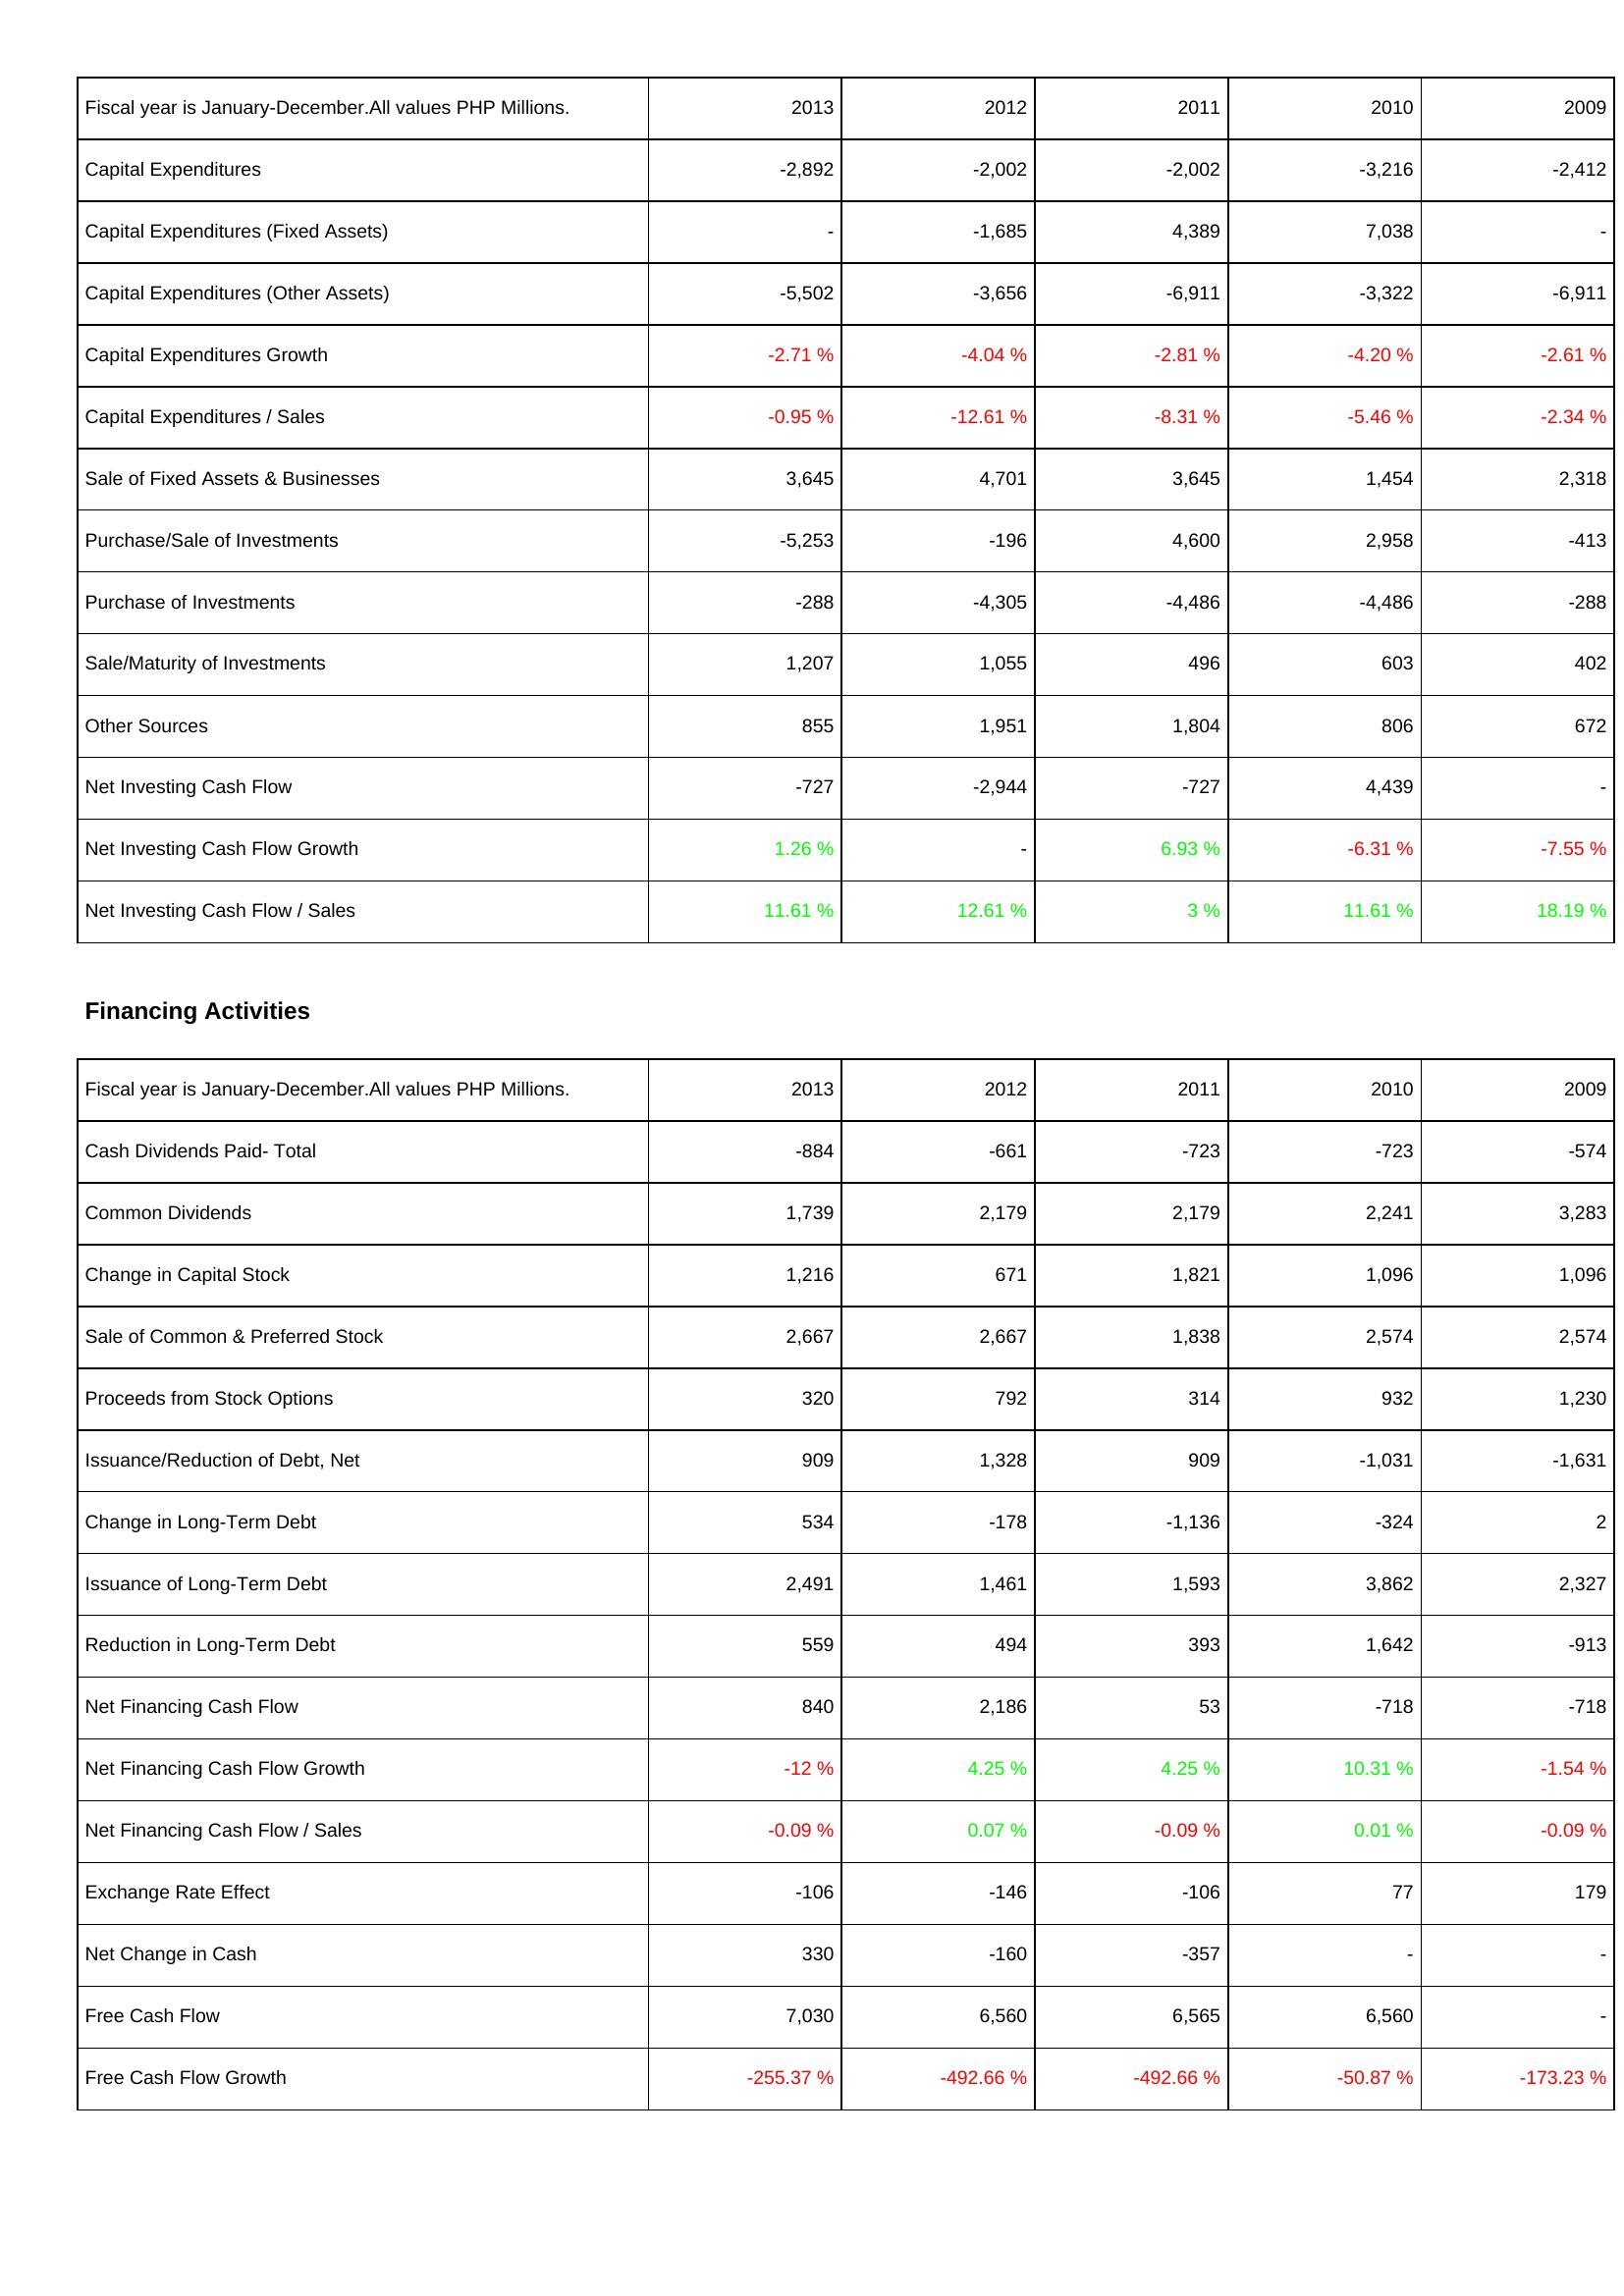
2013: Investing Activities: Capital Expenditures: -2,892
Capital Expenditures (Fixed Assets): -
Capital Expenditures (Other Assets): -5,502
Capital Expenditures Growth: -2.71 %
Capital Expenditures / Sales: -0.95 %
Sale of Fixed Assets & Businesses: 3,645
Purchase/Sale of Investments: -5,253
Purchase of Investments: -288
Sale/Maturity of Investments: 1,207
Other Sources: 855
Net Investing Cash Flow: -727
Net Investing Cash Flow Growth: 1.26 %
Net Investing Cash Flow / Sales: 11.61 %
Financing Activities: Cash Dividends Paid- Total: -884
Common Dividends: 1,739
Change in Capital Stock: 1,216
Sale of Common & Preferred Stock: 2,667
Proceeds from Stock Options: 320
Issuance/Reduction of Debt, Net: 909
Change in Long-Term Debt: 534
Issuance of Long-Term Debt: 2,491
Reduction in Long-Term Debt: 559
Net Financing Cash Flow: 840
Net Financing Cash Flow Growth: -12 %
Net Financing Cash Flow / Sales: -0.09 %
Exchange Rate Effect: -106
Net Change in Cash: 330
Free Cash Flow: 7,030
Free Cash Flow Growth: -255.37 %
2012: Investing Activities: Capital Expenditures: -2,002
Capital Expenditures (Fixed Assets): -1,685
Capital Expenditures (Other Assets): -3,656
Capital Expenditures Growth: -4.04 %
Capital Expenditures / Sales: -12.61 %
Sale of Fixed Assets & Businesses: 4,701
Purchase/Sale of Investments: -196
Purchase of Investments: -4,305
Sale/Maturity of Investments: 1,055
Other Sources: 1,951
Net Investing Cash Flow: -2,944
Net Investing Cash Flow Growth: -
Net Investing Cash Flow / Sales: 12.61 %
Financing Activities: Cash Dividends Paid- Total: -661
Common Dividends: 2,179
Change in Capital Stock: 671
Sale of Common & Preferred Stock: 2,667
Proceeds from Stock Options: 792
Issuance/Reduction of Debt, Net: 1,328
Change in Long-Term Debt: -178
Issuance of Long-Term Debt: 1,461
Reduction in Long-Term Debt: 494
Net Financing Cash Flow: 2,186
Net Financing Cash Flow Growth: 4.25 %
Net Financing Cash Flow / Sales: 0.07 %
Exchange Rate Effect: -146
Net Change in Cash: -160
Free Cash Flow: 6,560
Free Cash Flow Growth: -492.66 %
2011: Investing Activities: Capital Expenditures: -2,002
Capital Expenditures (Fixed Assets): 4,389
Capital Expenditures (Other Assets): -6,911
Capital Expenditures Growth: -2.81 %
Capital Expenditures / Sales: -8.31 %
Sale of Fixed Assets & Businesses: 3,645
Purchase/Sale of Investments: 4,600
Purchase of Investments: -4,486
Sale/Maturity of Investments: 496
Other Sources: 1,804
Net Investing Cash Flow: -727
Net Investing Cash Flow Growth: 6.93 %
Net Investing Cash Flow / Sales: 3 %
Financing Activities: Cash Dividends Paid- Total: -723
Common Dividends: 2,179
Change in Capital Stock: 1,821
Sale of Common & Preferred Stock: 1,838
Proceeds from Stock Options: 314
Issuance/Reduction of Debt, Net: 909
Change in Long-Term Debt: -1,136
Issuance of Long-Term Debt: 1,593
Reduction in Long-Term Debt: 393
Net Financing Cash Flow: 53
Net Financing Cash Flow Growth: 4.25 %
Net Financing Cash Flow / Sales: -0.09 %
Exchange Rate Effect: -106
Net Change in Cash: -357
Free Cash Flow: 6,565
Free Cash Flow Growth: -492.66 %
2010: Investing Activities: Capital Expenditures: -3,216
Capital Expenditures (Fixed Assets): 7,038
Capital Expenditures (Other Assets): -3,322
Capital Expenditures Growth: -4.20 %
Capital Expenditures / Sales: -5.46 %
Sale of Fixed Assets & Businesses: 1,454
Purchase/Sale of Investments: 2,958
Purchase of Investments: -4,486
Sale/Maturity of Investments: 603
Other Sources: 806
Net Investing Cash Flow: 4,439
Net Investing Cash Flow Growth: -6.31 %
Net Investing Cash Flow / Sales: 11.61 %
Financing Activities: Cash Dividends Paid- Total: -723
Common Dividends: 2,241
Change in Capital Stock: 1,096
Sale of Common & Preferred Stock: 2,574
Proceeds from Stock Options: 932
Issuance/Reduction of Debt, Net: -1,031
Change in Long-Term Debt: -324
Issuance of Long-Term Debt: 3,862
Reduction in Long-Term Debt: 1,642
Net Financing Cash Flow: -718
Net Financing Cash Flow Growth: 10.31 %
Net Financing Cash Flow / Sales: 0.01 %
Exchange Rate Effect: 77
Net Change in Cash: -
Free Cash Flow: 6,560
Free Cash Flow Growth: -50.87 %
2009: Investing Activities: Capital Expenditures: -2,412
Capital Expenditures (Fixed Assets): -
Capital Expenditures (Other Assets): -6,911
Capital Expenditures Growth: -2.61 %
Capital Expenditures / Sales: -2.34 %
Sale of Fixed Assets & Businesses: 2,318
Purchase/Sale of Investments: -413
Purchase of Investments: -288
Sale/Maturity of Investments: 402
Other Sources: 672
Net Investing Cash Flow: -
Net Investing Cash Flow Growth: -7.55 %
Net Investing Cash Flow / Sales: 18.19 %
Financing Activities: Cash Dividends Paid- Total: -574
Common Dividends: 3,283
Change in Capital Stock: 1,096
Sale of Common & Preferred Stock: 2,574
Proceeds from Stock Options: 1,230
Issuance/Reduction of Debt, Net: -1,631
Change in Long-Term Debt: 2
Issuance of Long-Term Debt: 2,327
Reduction in Long-Term Debt: -913
Net Financing Cash Flow: -718
Net Financing Cash Flow Growth: -1.54 %
Net Financing Cash Flow / Sales: -0.09 %
Exchange Rate Effect: 179
Net Change in Cash: -
Free Cash Flow: -
Free Cash Flow Growth: -173.23 %